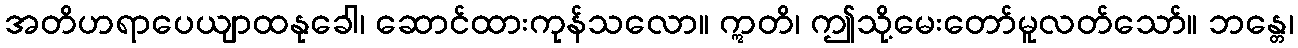
အတိဟရာပေယျာထနုခေါ၊ ဆောင်ထားကုန်သလော။ ဣတိ၊ ဤသို့မေးတော်မူလတ်သော်။ ဘန္တေ၊